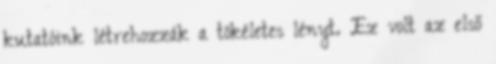
kutatóink létrehozzák a tökéletes lényt. Ez volt az első